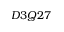
D 3 Q 2 7